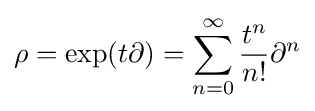
\rho =\exp(t\partial )=\sum _{n=0}^{\infty }{\frac {t^{n}}{n!}}\partial ^{n}